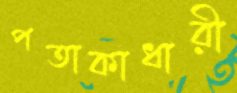
পতাকাধারী